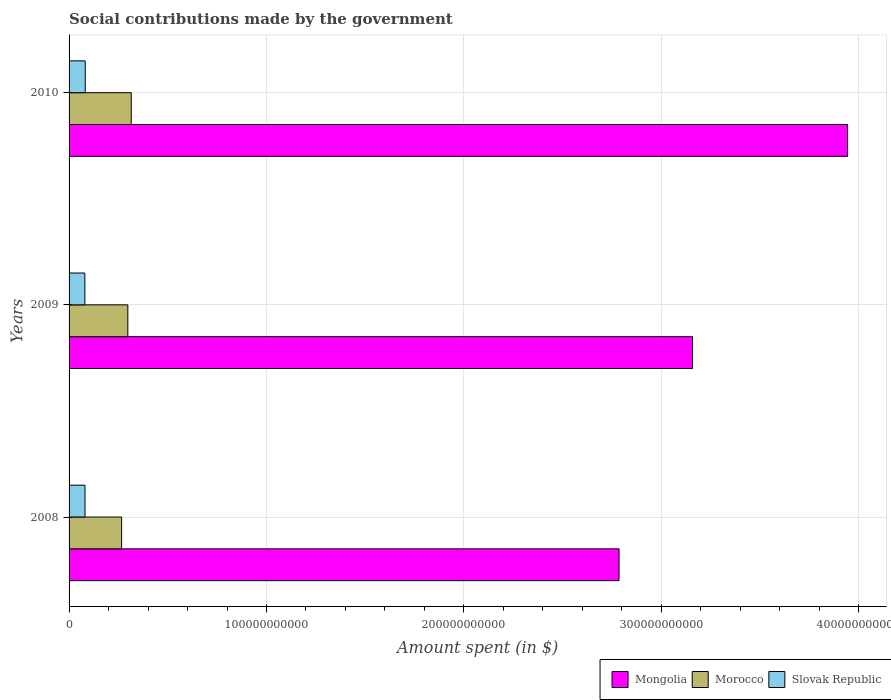
| Years | Mongolia | Morocco | Slovak Republic |
 | --- | --- | --- | --- |
 | 2008 | 2.79e+11 | 2.66e+10 | 8.07e+09 |
 | 2009 | 3.16e+11 | 2.98e+10 | 7.99e+09 |
 | 2010 | 3.94e+11 | 3.15e+10 | 8.18e+09 |